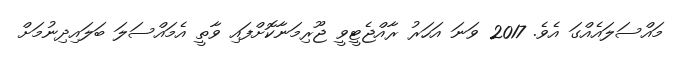
މައްސަލައެއްގަ އެވެ. 2017 ވަނަ އަހަރު ރާއްޖެޓީވީ ޖޫރިމަނާކޮށްފައި ވާތީ އެމައްސަލަ ބަލައިދިނުމަށް